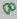
Text: 8